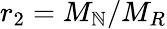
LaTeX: r_{2}=M_{\mathbb{N}}/M_{R}